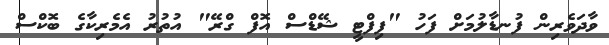
ވާދަވެރިން ފުނޑާލުމަށް ފަހު "ފިފްޓީ ޝޭޑްސް އޮފް ގްރޭ" އުތުރު އެމެރިކާގެ ބޮކްސް